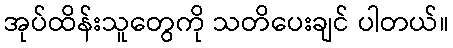
အုပ်ထိန်းသူတွေကို သတိပေးချင် ပါတယ်။